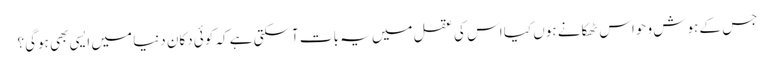
جس کے ہوش و حواس ٹھکانے ہوں کیا اس کی عقل میں یہ بات آسکتی ہے کہ کوئی دکان دنیا میں ایسی بھی ہوگی؟